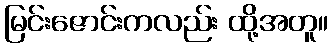
မြင်းဇောင်းကလည်း ထို့အတူ။